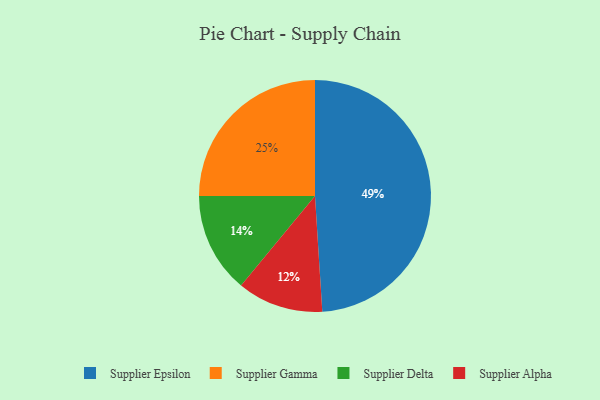
{"axis": {"x": "Category", "y": "Percentage"}, "legend": ["Supplier Alpha", "Supplier Delta", "Supplier Epsilon", "Supplier Gamma"], "data": [{"x": "Supplier Gamma", "y": 25, "type": "Supplier Gamma"}, {"x": "Supplier Alpha", "y": 12, "type": "Supplier Alpha"}, {"x": "Supplier Epsilon", "y": 49, "type": "Supplier Epsilon"}, {"x": "Supplier Delta", "y": 14, "type": "Supplier Delta"}]}